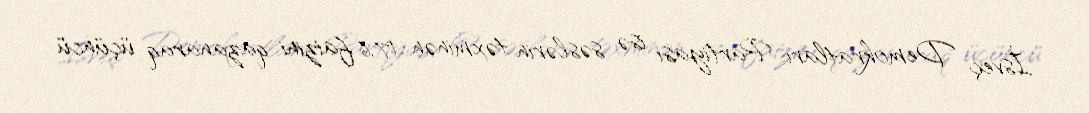
İsveç Demokratları Partiyası isə səslərin təxminən 17,6 faizini qazanaraq üçüncü